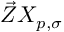
\vec { Z } X _ { p , \sigma }